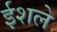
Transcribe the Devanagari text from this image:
ईशले